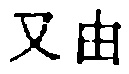
\text{又}\text{由}